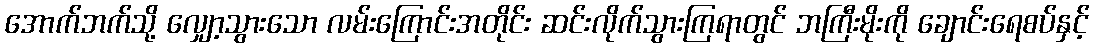
အောက်ဘက်သို့ လျှော့သွားသော လမ်းကြောင်းအတိုင်း ဆင်းလိုက်သွားကြရာတွင် ဘကြီးမိုးကို ချောင်းရေစပ်နှင့်